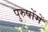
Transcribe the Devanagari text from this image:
पुरुषोंमें